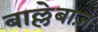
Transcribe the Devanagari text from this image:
बाल्लेबाज़